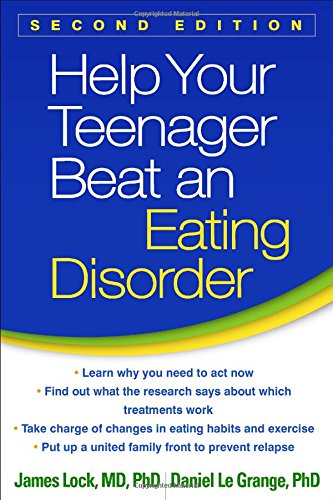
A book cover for Help Your Teenager Beat an Eating Disorder, Second Edition; James Lock MD  PhD; Education & Teaching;